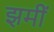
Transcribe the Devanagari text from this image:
झमीं